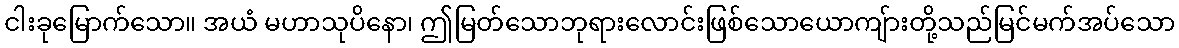
ငါးခုမြောက်သော။ အယံ မဟာသုပိနော၊ ဤမြတ်သောဘုရားလောင်းဖြစ်သောယောကျ်ားတို့သည်မြင်မက်အပ်သော